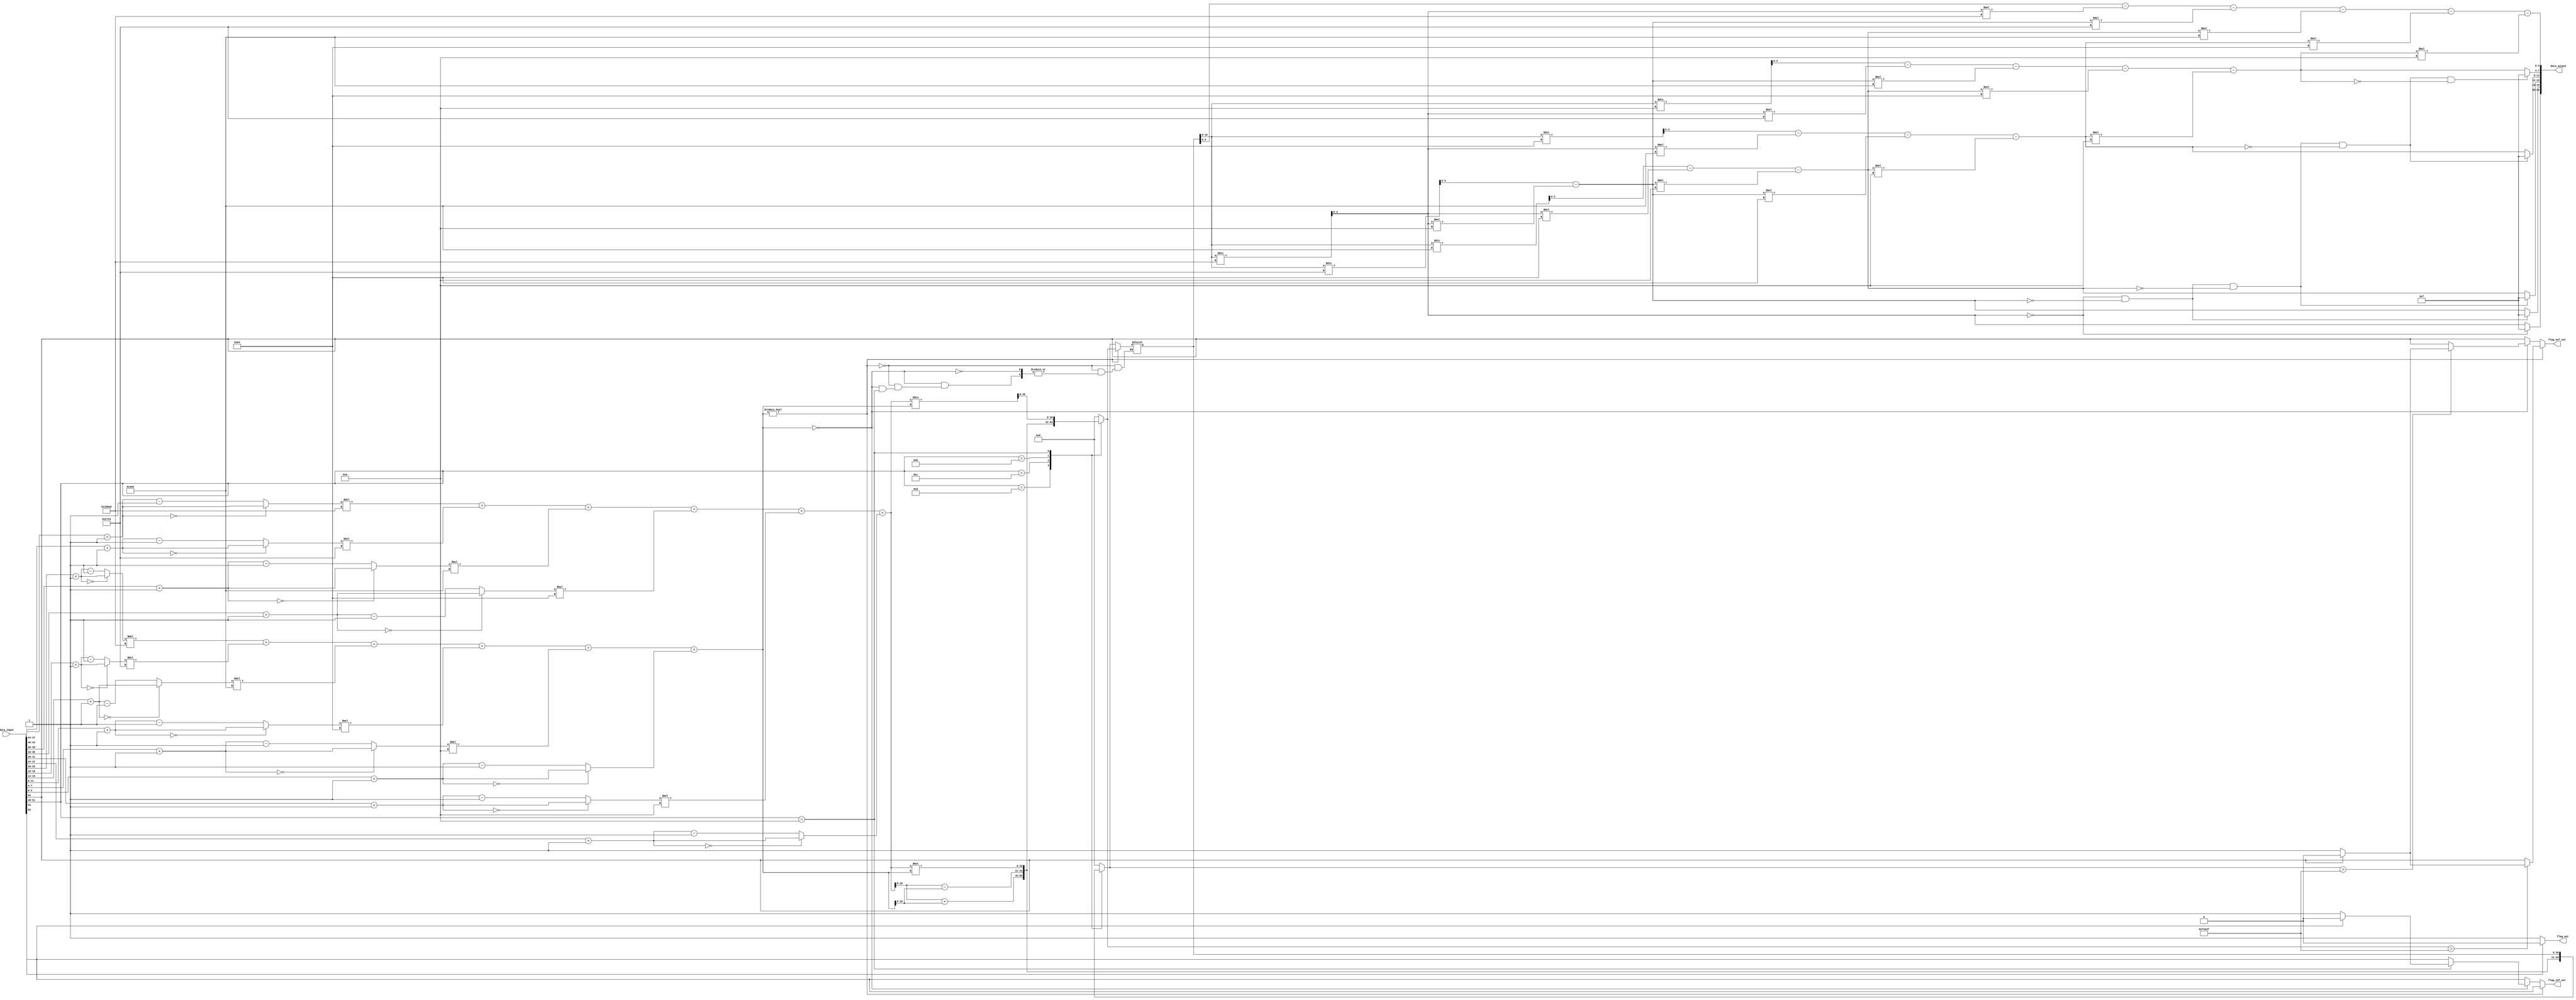
module calc(data_input, data_output, flag_out, flag_inf_out, flag_ovf_out) ;
    input [54:0] data_input;
    output flag_out;
    output [23:0] data_output;
    output reg flag_inf_out, flag_ovf_out;
    
    
    wire[23:0] data1, data2;
    reg [20:0] result_CAL;
    wire[3:0] result[5:0], data_in[11:0], data[11:0], CAL;
    wire flag_inf_in, flag_ovf_in, flag_in;
    
    assign flag_in = data_input[52];
    assign flag_inf_in = data_input[53];
    assign flag_ovf_in = data_input[54];
    
    assign flag_out = (flag_in == 1)? 0 : 1;
    
    assign CAL = data_input[51:48];
    
    assign data_in[11] = data_input[47:44]+1;
    assign data_in[10] = data_input[43:40]+1;
    assign data_in[9] = data_input[39:36]+1;
    assign data_in[8] = data_input[35:32]+1;
    assign data_in[7] = data_input[31:28]+1;
    assign data_in[6] = data_input[27:24]+1;
    assign data_in[5] = data_input[23:20]+1;
    assign data_in[4] = data_input[19:16]+1;
    assign data_in[3] = data_input[15:12]+1;
    assign data_in[2] = data_input[11:8]+1;
    assign data_in[1] = data_input[7:4]+1;
    assign data_in[0] = data_input[3:0]+1;
    
    assign data1 = (data[11]*100000) + (data[10]*10000) + (data[9]*1000) + (data[8]*100) + (data[7]*10) + (data[6]);
    assign data2 = (data[5]*100000) + (data[4]*10000) + (data[3]*1000) + (data[2]*100) + (data[1]*10) + (data[0]);
    
    assign data[11] = (data_in[11]==0)? data_in[11] : data_in[11]-1;
    assign data[10] = (data_in[10]==0)? data_in[10] : data_in[10]-1;
    assign data[9] = (data_in[9]==0)? data_in[9] : data_in[9]-1;
    assign data[8] = (data_in[8]==0)? data_in[8] : data_in[8]-1;
    assign data[7] = (data_in[7]==0)? data_in[7] : data_in[7]-1;
    assign data[6] = (data_in[6]==0)? data_in[6] : data_in[6]-1;
    assign data[5] = (data_in[5]==0)? data_in[5] : data_in[5]-1;
    assign data[4] = (data_in[4]==0)? data_in[4] : data_in[4]-1;
    assign data[3] = (data_in[3]==0)? data_in[3] : data_in[3]-1;
    assign data[2] = (data_in[2]==0)? data_in[2] : data_in[2]-1;
    assign data[1] = (data_in[1]==0)? data_in[1] : data_in[1]-1;
    assign data[0] = (data_in[0]==0)? data_in[0] : data_in[0]-1;
    
    assign result[5] = (result_CAL[19:0]/100000);
    assign result[4] = (result_CAL[19:0]/10000) - (result[5]*10);
    assign result[3] = (result_CAL[19:0]/1000) - (result[5]*100) - (result[4]*10);
    assign result[2] = (result_CAL[19:0]/100) - (result[5]*1000) - (result[4]*100) - (result[3]*10);
    assign result[1] = (result_CAL[19:0]/10) - (result[5]*10000) - (result[4]*1000) - (result[3]*100) - (result[2]*10);
    assign result[0] = (result_CAL[19:0]) - (result[5]*100000) - (result[4]*10000) - (result[3]*1000) - (result[2]*100) - (result[1]*10);
    
    assign data_output[23:20] = (result[5]==0)? 4'hF : result[5];
    assign data_output[19:16] = (result[5]==0 && result[4]==0)? 4'hF : result[4];
    assign data_output[15:12] = (result[5]==0 && result[4]==0 && result[3]==0)? 4'hF : result[3];
    assign data_output[11:8] = (result[5]==0 && result[4]==0 && result[3]==0 && result[2]==0)? 4'hF : result[2];
    assign data_output[7:4] = (result[5]==0 && result[4]==0 && result[3]==0 && result[2]==0 && result[1]==0)? 4'hF : result[1];
    assign data_output[3:0] = result[0];
    
    
    always@ (*) begin
        flag_inf_out = flag_inf_in;
        flag_ovf_out = flag_ovf_in;
        if(data2 != 0) begin 
            case(CAL)
                4'hD : result_CAL = data1 + data2;
                4'hC : result_CAL = data1 - data2;
                4'hB : result_CAL = data1 * data2;
                4'hA : result_CAL = data1 / data2;
                default : result_CAL  = 0;
            endcase
            if(result_CAL > 999999) begin 
                flag_ovf_out = (flag_ovf_in == 1)? 0 : 1;
            end
        end
        else if(data2 == 0) begin
            case(CAL)
                4'hD : result_CAL = data1 + data2;
                4'hC : result_CAL = data1 - data2;
                4'hB : result_CAL = data1 * data2;
                4'hA : flag_inf_out = (flag_inf_in == 1)? 0 : 1;
                default : result_CAL = 0;
            endcase
            if(result_CAL > 999999) begin 
                flag_ovf_out = (flag_ovf_in == 1)? 0 : 1;
            end
        end
    end
endmodule